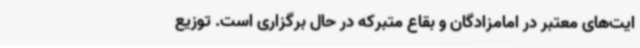
ایت‌های معتبر در امامزادگان و بقاع متبرکه در حال برگزاری است. توزیع